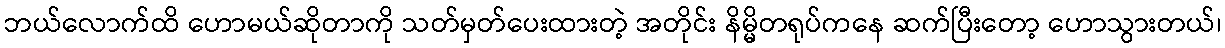
ဘယ်လောက်ထိ ဟောမယ်ဆိုတာကို သတ်မှတ်ပေးထားတဲ့ အတိုင်း နိမ္မိတရုပ်ကနေ ဆက်ပြီးတော့ ဟောသွားတယ်၊